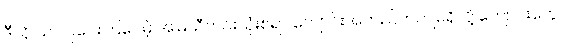
ဒီလို သင်ပြပေးကြပေမဲ့ အမြဲသီတင်းသုံးစရာ ကျောင်းအတည်တကျမရှိလို့ ကျောင်းတွေ